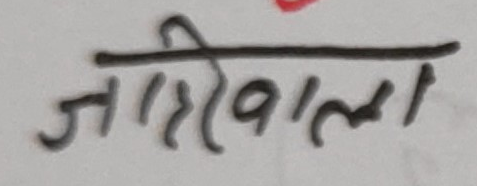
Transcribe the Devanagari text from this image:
जातिवाला